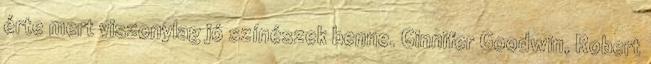
érte mert viszonylag jó színészek benne. Ginnifer Goodwin, Robert